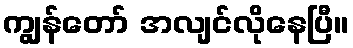
ကျွန်တော် အလျင်လိုနေပြီ။